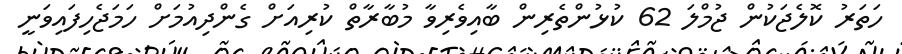
ހަތަރު ކޮލެޖަކުން ޖުމްލަ 62 ކުޅުންތެރިން ބާއިވެރިވާ މުބާރާތް ކުރިއަށް ގެންދިއުމަށް ހަމަޖެހިފައިވަނީ